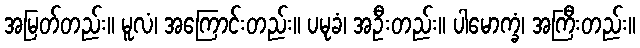
အမြတ်တည်း။ မူလံ၊ အကြောင်းတည်း။ ပမုခံ၊ အဦးတည်း။ ပါမောက္ခံ၊ အကြီးတည်း။